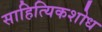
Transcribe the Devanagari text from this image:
साहित्यिकशोध